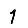
Digit: 1